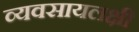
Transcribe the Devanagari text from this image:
व्यवसायलक्षी